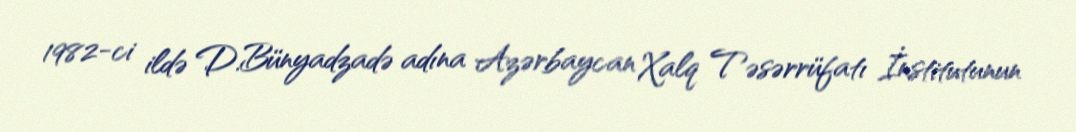
1982-ci ildə D.Bünyadzadə adına Azərbaycan Xalq Təsərrüfatı İnstitutunun